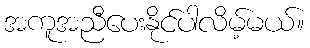
အကူအညီပေးနိုင်ပါလိမ့်မယ်။